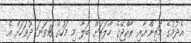
އެދުމުގެ މަތިންނާއި ރާއްޖޭގެ ހާލަތަށް ބަލާ މި މަހުގެ 18ވަނަ ދުވަހަށް އެ